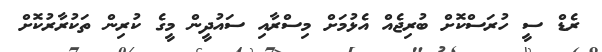
ރެޑް ސީ ހުރަސްކޮށް ބުރިޖެއް އެޅުމަށް މިސްރާއި ސައުދީން މީގެ ކުރިން ތަކުރާރުކޮށް